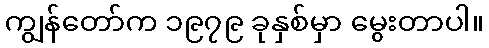
ကျွန်တော်က ၁၉၇၉ ခုနှစ်မှာ မွေးတာပါ။